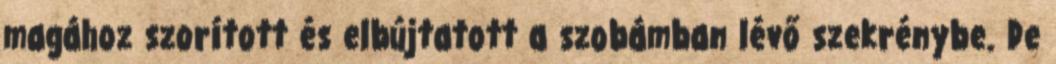
magához szorított és elbújtatott a szobámban lévő szekrénybe. De